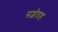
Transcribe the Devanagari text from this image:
सप्जोताह